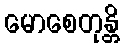
မောစေတုန္တိ